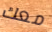
معك